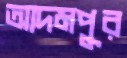
আদমপুর